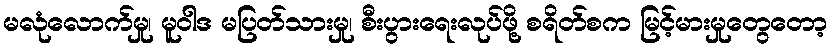
မလုံလောက်မှု၊ မူဝါဒ မပြတ်သားမှု၊ စီးပွားရေးလုပ်ဖို့ စရိတ်စက မြင့်မားမှုတွေတော့